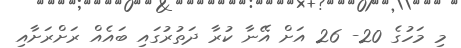
މި މަހުގެ 20- 26 އަށް އޭނާ ކުރާ ދަތުރުގައި ބައެއް ރަށްރަށާއި